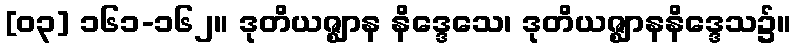
[၀၃] ၁၆၁-၁၆၂။ ဒုတိယဇ္ဈာန နိဒ္ဒေသေ၊ ဒုတိယဇ္ဈာနနိဒ္ဒေသ၌။